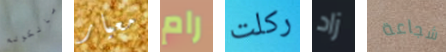
مالكولم معيار رام ركلت زاد شجاعة